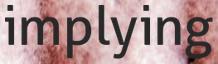
implying